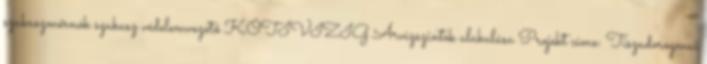
szakaszmérnök szakasz védelemvezető KÖTIVIZIG Árvízszintek alakulása Projekt címe: Tiszadorogmai